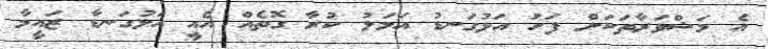
އެ މަޝްވަރާތަކަށް ފަހު އަޅުގަނޑު އަމަލު ކުރާ ގޮތެއް އެއީ އަޅުގަނޑާ ޒައީމާ